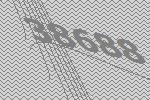
38688